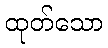
ထုတ်သော